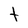
Character: t